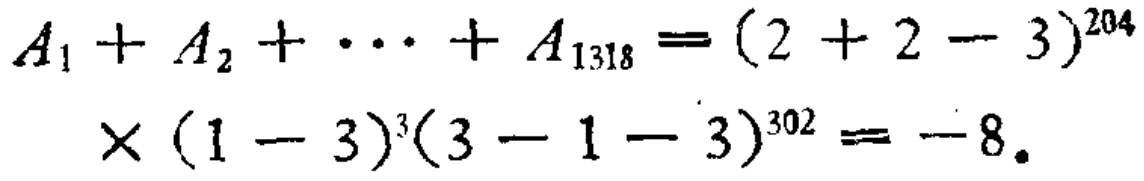
\[
\begin{align*}
A_{1}+A_{2}+\cdots+A_{1318}&=(2 + 2 - 3)^{204}\\
\times(1 - 3)^{3}(3 - 1 - 3)^{302}&= - 8.
\end{align*}
\]